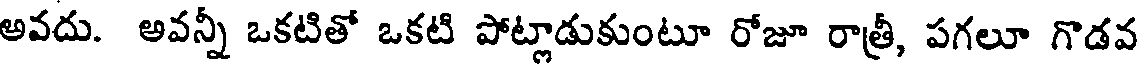
అవదు. అవన్నీ ఒకటితో ఒకటి పోట్లాడుకుంటూ రోజూ రాత్రీ, పగలూ గొడవ